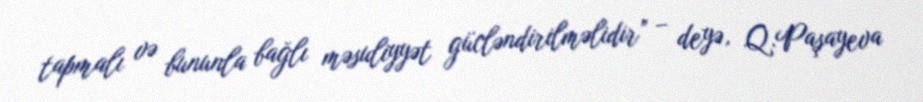
tapmalı və bununla bağlı məsuliyyət gücləndirilməlidir” – deyə, Q.Paşayeva